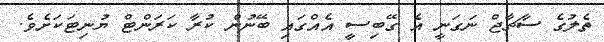
ތެލުގެ ސާޗާޖް ނަގަނީ އެ ގޭބިސީ އެއްގައި ބޭނުން ކުރާ ކަރަންޓް ޔުނިޓަކަށެވެ.